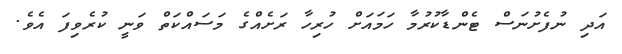
އަދި ނުފެށުނަސް ޓެންޑާކުރުމާ ހަމައަށް ހުރިހާ ރަށެއްގެ މަސައްކަތް ވަނީ ކުރެވިފަ އެވެ.